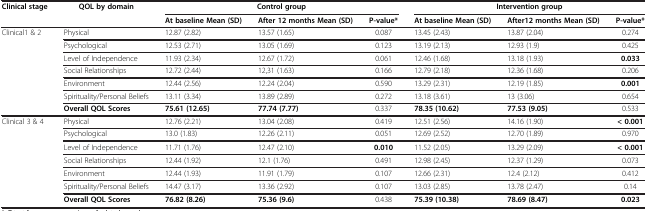
<table><thead><tr><td><b>Clinical stage</b></td><td><b>QOL by domain</b></td><td colspan="3"><b>Control group</b></td><td colspan="3"><b>Intervention group</b></td></tr><tr><td><b> </b></td><td><b> </b></td><td><b>At baseline Mean (SD)</b></td><td><b>After 12 months Mean (SD)</b></td><td><b>P-value*</b></td><td><b>At baseline Mean (SD)</b></td><td><b>After12 months Mean (SD)</b></td><td><b>P-value*</b></td></tr></thead><tbody><tr><td>Clinical1 &amp; 2</td><td>Physical</td><td>12.87 (2.82)</td><td>13.57 (1.65)</td><td>0.087</td><td>13.45 (2.43)</td><td>13.87 (2.04)</td><td>0.274</td></tr><tr><td> </td><td>Psychological</td><td>12.53 (2.71)</td><td>13.05 (1.69)</td><td>0.123</td><td>13.19 (2.13)</td><td>12.93 (1.9)</td><td>0.425</td></tr><tr><td> </td><td>Level of Independence</td><td>11.93 (2.34)</td><td>12.67 (1.72)</td><td>0.061</td><td>12.46 (1.68)</td><td>13.18 (1.93)</td><td><b>0.033</b></td></tr><tr><td> </td><td>Social Relationships</td><td>12.72 (2.44)</td><td>12,31 (1.63)</td><td>0.166</td><td>12.79 (2.18)</td><td>12.36 (1.68)</td><td>0.206</td></tr><tr><td> </td><td>Environment</td><td>12.44 (2.56)</td><td>12.24 (2.04)</td><td>0.590</td><td>13.29 (2.31)</td><td>12.19 (1.85)</td><td><b>0.001</b></td></tr><tr><td> </td><td>Spirituality/Personal Beliefs</td><td>13.11 (3.34)</td><td>13.89 (2.89)</td><td>0.272</td><td>13.18 (3.61)</td><td>13 (3.06)</td><td>0.654</td></tr><tr><td> </td><td><b>Overall QOL Scores</b></td><td><b>75.61 (12.65)</b></td><td><b>77.74 (7.77)</b></td><td>0.337</td><td><b>78.35 (10.62)</b></td><td><b>77.53 (9.05)</b></td><td>0.533</td></tr><tr><td>Clinical 3 &amp; 4</td><td>Physical</td><td>12.76 (2.21)</td><td>13.04 (2.08)</td><td>0.419</td><td>12.51 (2.56)</td><td>14.16 (1.90)</td><td><b>&lt; 0.001</b></td></tr><tr><td> </td><td>Psychological</td><td>13.0 (1.83)</td><td>12.26 (2.11)</td><td>0.051</td><td>12.69 (2.52)</td><td>12.70 (1.89)</td><td>0.970</td></tr><tr><td> </td><td>Level of Independence</td><td>11.71 (1.76)</td><td>12.47 (2.10)</td><td><b>0.010</b></td><td>11.52 (2.05)</td><td>13.29 (2.09)</td><td><b>&lt; 0.001</b></td></tr><tr><td> </td><td>Social Relationships</td><td>12.44 (1.92)</td><td>12.1 (1.76)</td><td>0.491</td><td>12.98 (2.45)</td><td>12.37 (1.29)</td><td>0.073</td></tr><tr><td> </td><td>Environment</td><td>12.44 (1.93)</td><td>11.91 (1.79)</td><td>0.107</td><td>12.66 (2.31)</td><td>12.4 (2.12)</td><td>0.412</td></tr><tr><td> </td><td>Spirituality/Personal Beliefs</td><td>14.47 (3.17)</td><td>13.36 (2.92)</td><td>0.107</td><td>13.03 (2.85)</td><td>13.78 (2.47)</td><td>0.14</td></tr><tr><td> </td><td><b>Overall QOL Scores</b></td><td><b>76.82 (8.26)</b></td><td><b>75.36 (9.6)</b></td><td>0.438</td><td><b>75.39 (10.38)</b></td><td><b>78.69 (8.47)</b></td><td><b>0.023</b></td></tr></tbody></table>